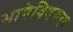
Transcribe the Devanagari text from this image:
भाषेविषयक